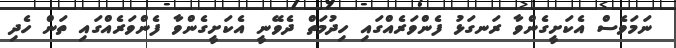
ނަމަވެސް އެކަށީގެންވާ ރަނގަޅު ފެންވަރެއްގައި ހިދުމަތް ދެވޭނީ އެކަށީގެންވާ ފެންވަރެއްގައި ތަން ހެދި